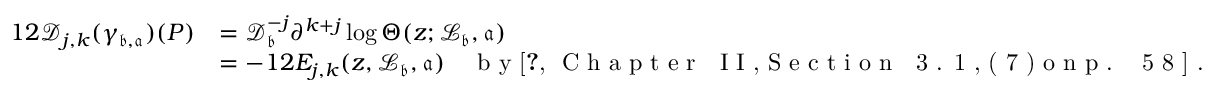
\begin{array} { r l } { 1 2 \mathscr { D } _ { j , k } ( \gamma _ { \mathfrak b , \mathfrak a } ) ( P ) } & { = \mathcal D _ { \mathfrak b } ^ { - j } \partial ^ { k + j } \log \Theta ( z ; \mathcal { L } _ { \mathfrak b } , \mathfrak a ) } \\ & { = - 1 2 E _ { j , k } ( z , \mathcal { L } _ { \mathfrak b } , \mathfrak a ) \quad \textrm { b y \cite [ C h a p t e r ~ I I , S e c t i o n ~ 3 . 1 , ( 7 ) o n p . ~ 5 8 ] { d S 8 7 } . } } \end{array}